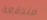
مندفعة